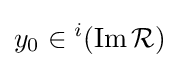
y_{0}\in {}^{i}(\operatorname {Im} {\mathcal {R}})